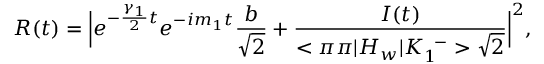
R ( t ) = \Big | e ^ { - { \frac { \gamma _ { 1 } } { 2 } } t } e ^ { - i m _ { 1 } t } { \frac { b } { \sqrt { 2 } } } + { \frac { I ( t ) } { < \pi \pi | H _ { w } | K _ { 1 } ^ { \enspace - } > \sqrt { 2 } } } \Big | ^ { 2 } ,